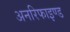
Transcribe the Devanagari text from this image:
अनरिफाइण्ड